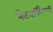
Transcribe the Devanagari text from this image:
नेटवर्किंगची